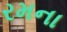
રમના